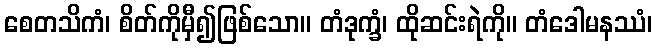
စေတသိကံ၊ စိတ်ကိုမှီ၍ဖြစ်သော။ တံဒုက္ခံ၊ ထိုဆင်းရဲကို။ တံဒေါမနဿံ၊